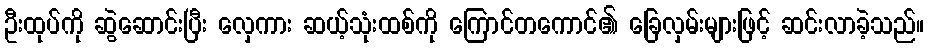
ဦးထုပ်ကို ဆွဲဆောင်းပြီး လှေကား ဆယ့်သုံးထစ်ကို ကြောင်တကောင်၏ ခြေလှမ်းများဖြင့် ဆင်းလာခဲ့သည်။